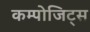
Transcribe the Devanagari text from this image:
कम्पोजिट्स